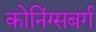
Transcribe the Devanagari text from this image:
कोनिंग्सबर्ग